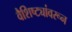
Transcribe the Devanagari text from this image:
वैशिष्ट्यांवरून